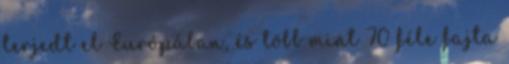
terjedt el Európában, és több mint 70 féle fajta